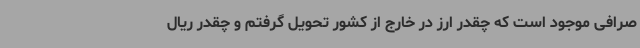
صرافی موجود است که چقدر ارز در خارج از کشور تحویل گرفتم و چقدر ریال